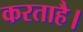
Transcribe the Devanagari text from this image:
करताहै।